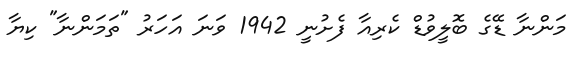
މަންނާ ޑޭގެ ބޮލީވުޑް ކެރިއާ ފެށުނީ 1942 ވަނަ އަހަރު "ތަމަންނާ" ކިޔާ